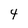
Character: 4